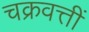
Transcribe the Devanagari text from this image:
चक्रवत्तीं